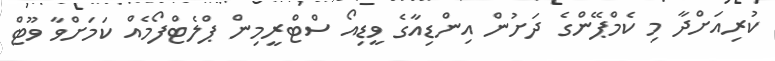
ކުރިއަށްދާ މި ކެމްޕޭންގެ ދަށުން އިންޑިއާގެ ވީޑިއޯ ސްޓްރީމިން ޕްލެޓްފޯމެއް ކަމަށްވާ ވޫޓް